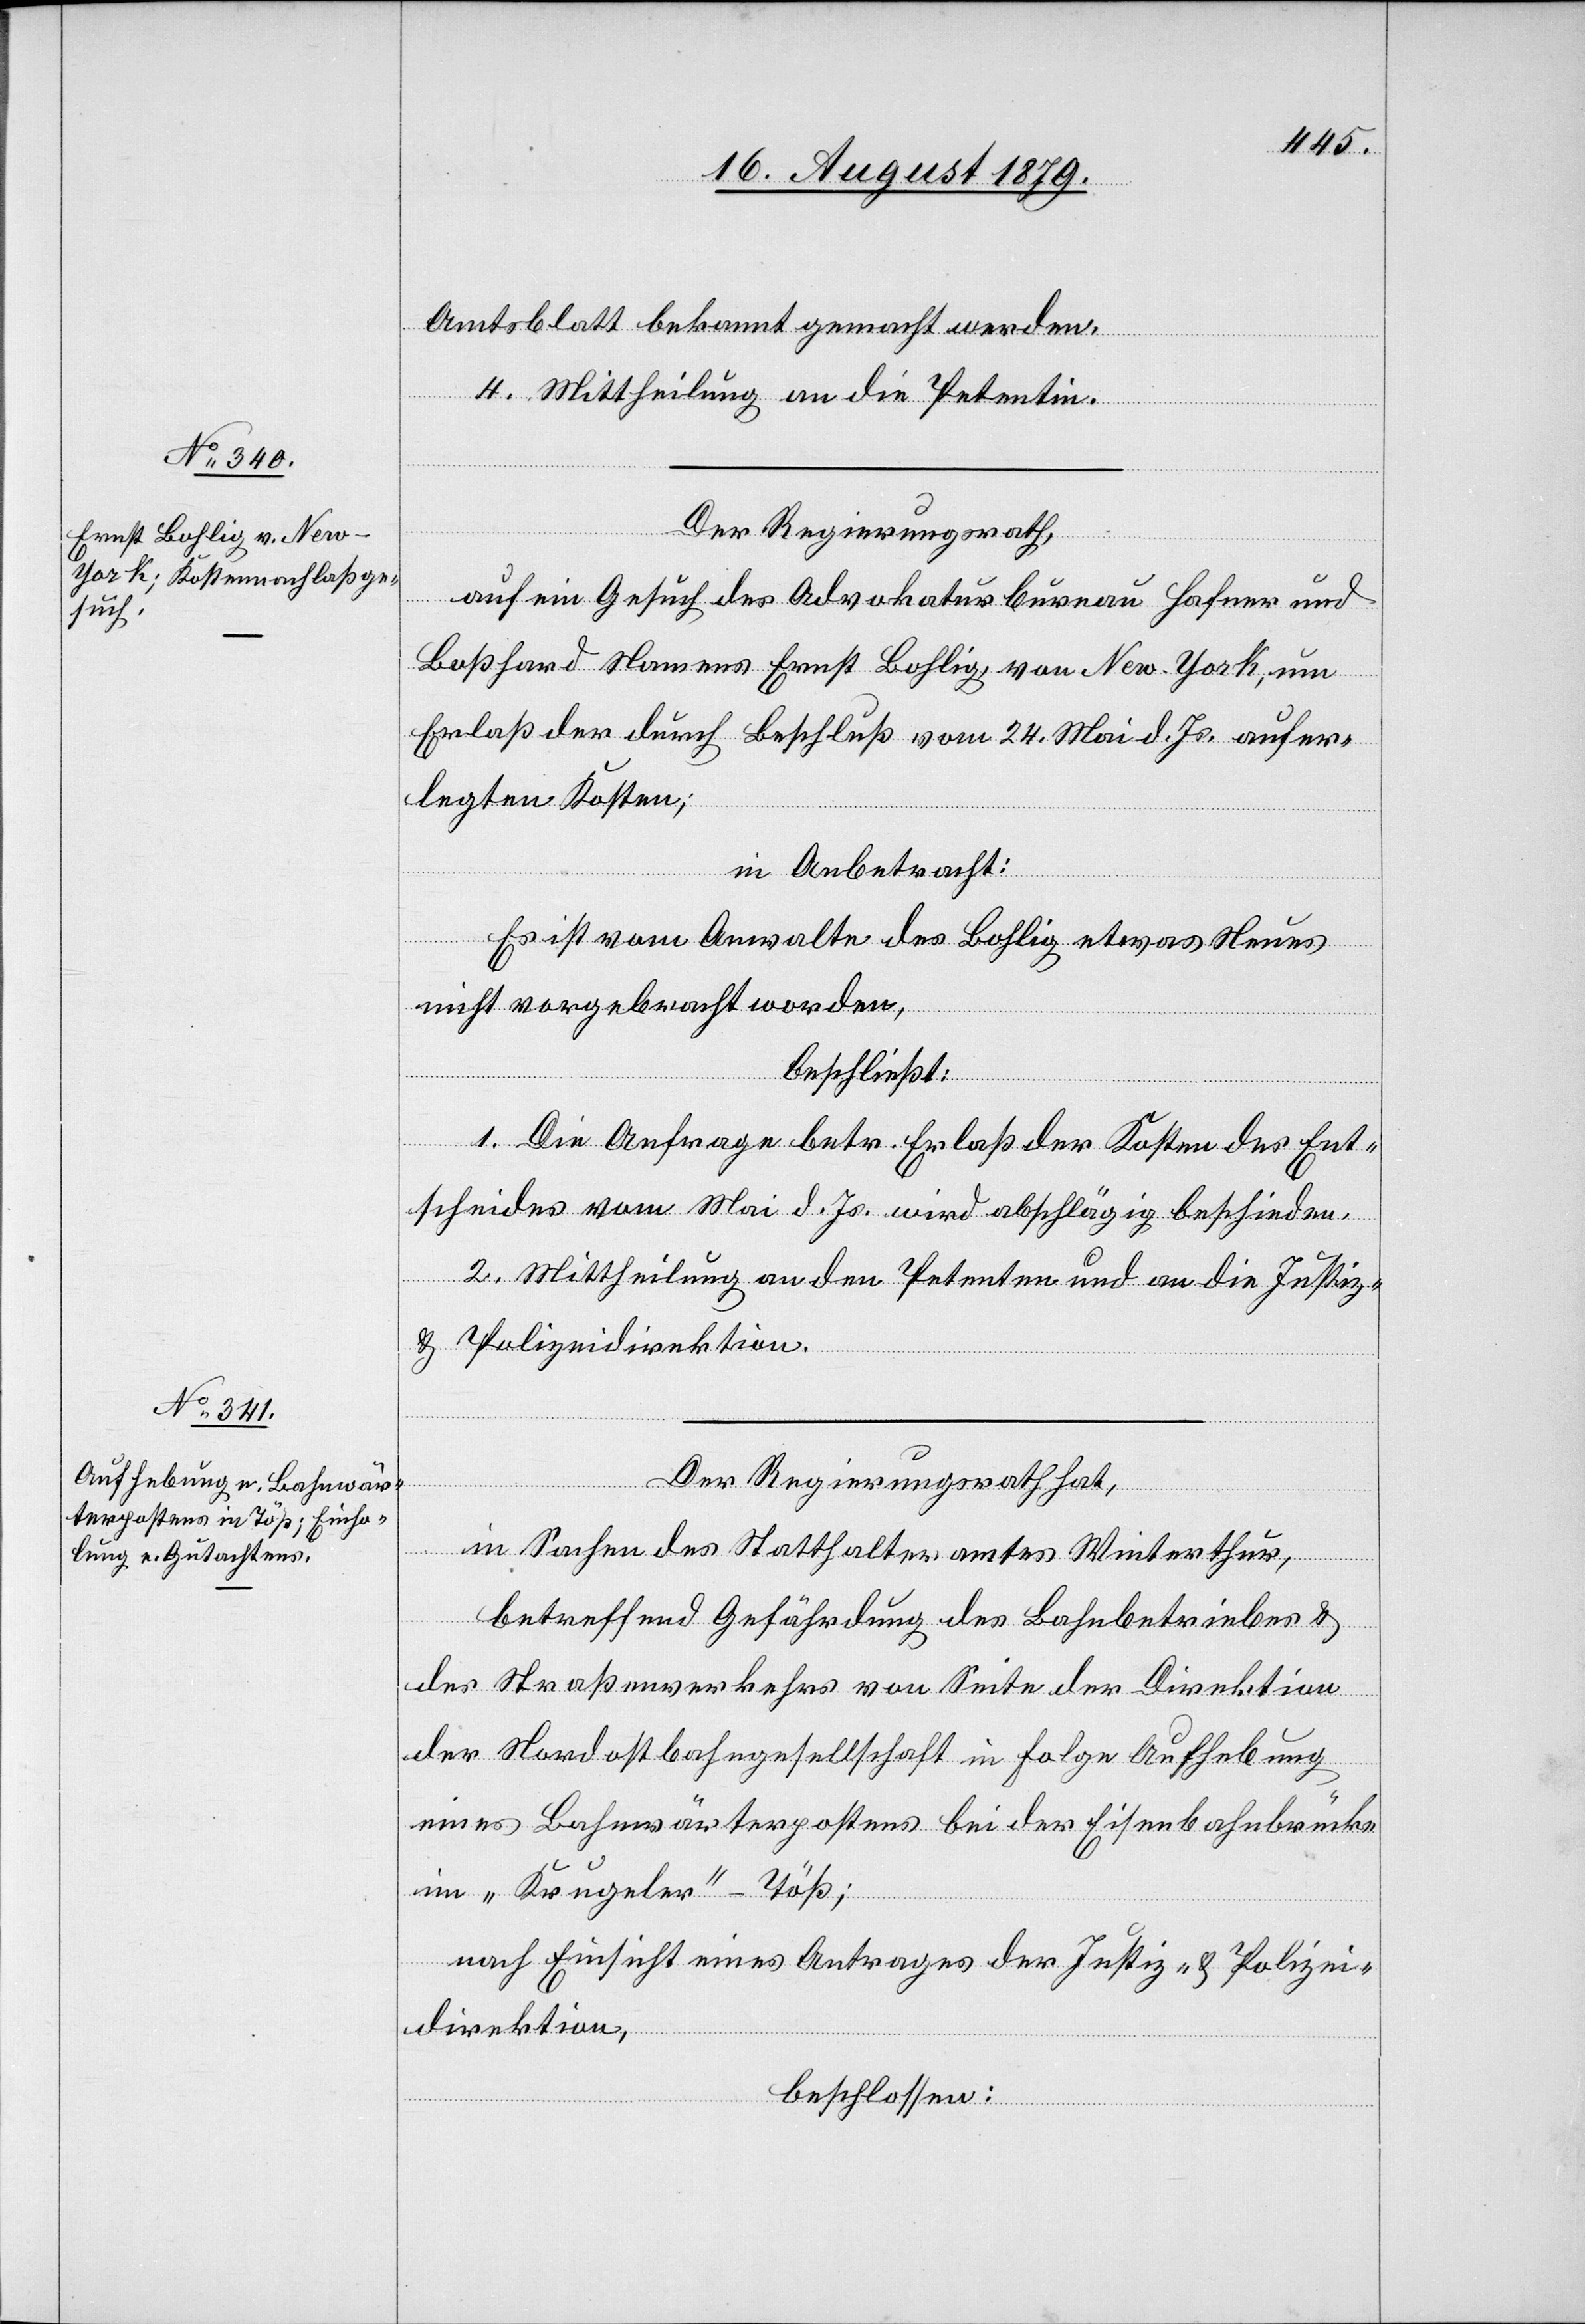
Amtsblatt bekannt gemacht werden.
4. Mittheilung an die Petentin.
Der Regierungsrath,
auf ein Gesuch des Advokaturbureau Hafner und
Boßhard Namens Ernst Bohlig, von New-York, um
Erlaß der durch Beschluß vom 24. Mai d. Js. aufer¬
legten Kosten;
in Anbetracht:
Es ist vom Anwalte des Bohlig etwas Neues
nicht vorgebracht worden,
beschließt:
1. Die Anfrage betr. Erlaß der Kosten des Ent¬
scheides vom Mai d. Js. wird abschlägig beschieden.
2. Mittheilung an den Petenten und an die Justiz-
& Polizeidirektion.
in Sachen des Statthalteramtes Winterthur,
betreffend Gefährdung des Bahnbetriebes &
des Straßenverkehrs von Seite der Direktion
der Nordostbahngesellschaft in Folge Aufhebung
eines Bahnwärterpostens bei der Eisenbahnbrücke
im „Krugeler“-Töß;
nach Einsicht eines Antrages der Justiz- & Polizei¬
direktion,
beschlossen: